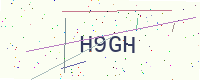
Text: H9GH